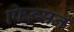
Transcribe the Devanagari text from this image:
फिन्सन